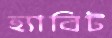
হ্যাবিট